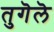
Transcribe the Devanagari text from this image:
तुगॆलॆ